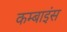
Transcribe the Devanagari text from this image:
कम्बाइंस